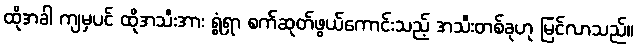
ထိုအခါ ကျမှပင် ထိုအသီးအား ရွံရှာ စက်ဆုတ်ဖွယ်ကောင်းသည့် အသီးတစ်ခုဟု မြင်လာသည်။